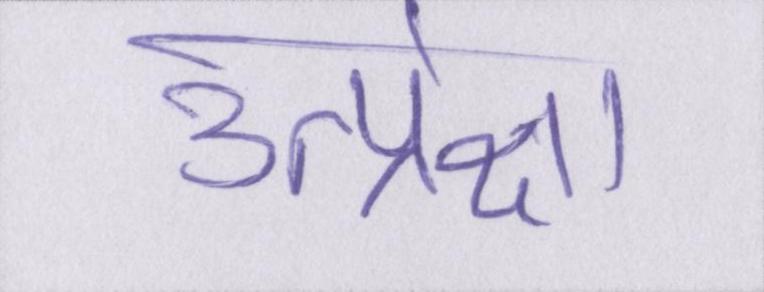
उत्प्रेक्षा